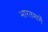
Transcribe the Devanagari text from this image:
भारतमार्गे